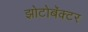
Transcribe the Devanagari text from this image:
झोटोबॅक्टर